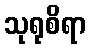
သုရုစိရာ